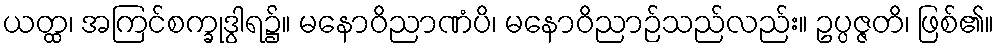
ယတ္ထ၊ အကြင်စက္ခုဒွါရ၌။ မနောဝိညာဏံပိ၊ မနောဝိညာဉ်သည်လည်း။ ဥပ္ပဇ္ဇတိ၊ ဖြစ်၏။